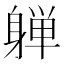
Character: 𰹀